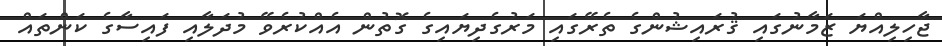
ޖާހިލިއްޔަ ޒަމާނުގައި ޤުރައިޝުންގެ ތެރޭގައި މަރުގެދިޔައިގެ ގޮތުން އެއްކުރެވޭ މުދަލާއި ފައިސާގެ ކަންތައް